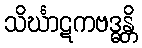
သိင်္ဃာဋကဗဒ္ဓန္တိ